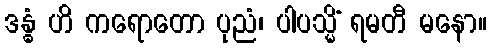
ဒန္ဓံ ဟိ ကရောတော ပုညံ၊ ပါပသ္မိံ ရမတီ မနော။